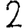
Digit: 2